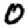
Digit: 0